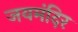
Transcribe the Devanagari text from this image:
जयमंदिर